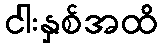
ငါးနှစ်အထိ